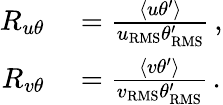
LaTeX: \begin{array}{rl}{R_{u\theta}}&{{}=\frac{\left<u\theta^{\prime}\right>}{u_{\mathrm{{RMS}}}\theta_{\mathrm{{RMS}}}^{\prime}}\, ,}\\ {R_{v\theta}}&{{}=\frac{\left<v\theta^{\prime}\right>}{v_{\mathrm{{RMS}}}\theta_{\mathrm{{RMS}}}^{\prime}}\, .}\end{array}